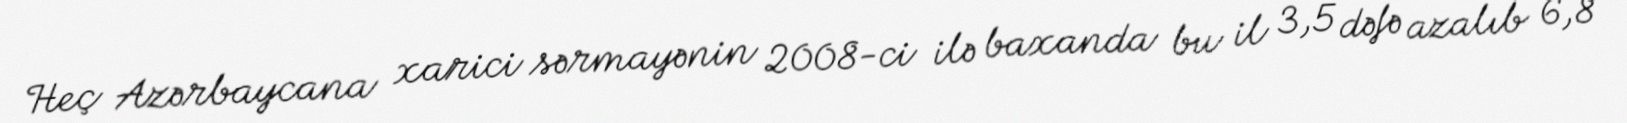
Heç Azərbaycana xarici sərmayənin 2008-ci ilə baxanda bu il 3,5 dəfə azalıb 6,8